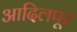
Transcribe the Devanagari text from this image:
आदिलपूर